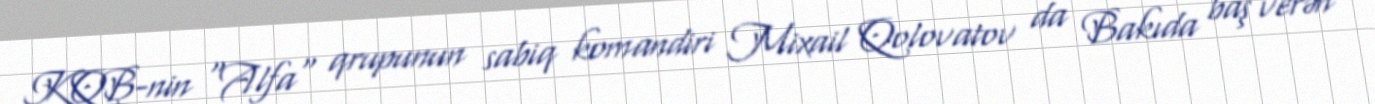
KQB-nin "Alfa" qrupunun sabiq komandiri Mixail Qolovatov da Bakıda baş verən